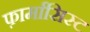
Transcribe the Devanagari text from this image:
फ़ार्मासिस्ट